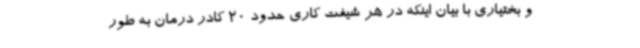
و بختیاری با بیان اینکه در هر شیفت کاری حدود 20 کادر درمان به طور